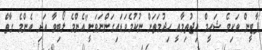
ޕާޓީން ވަކިވެ ޝަހީމް އިޖުތިމާއީ ހިދުމަތަށް ނުކުމެވަޑައިގަންނަވަނީ"އެންމެ ލޯބިވާ އަދި އެންމެ ގާތް